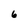
Character: 6